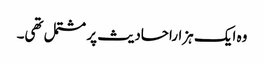
وہ ایک ہزاراحادیث پر مشتمل تھی۔